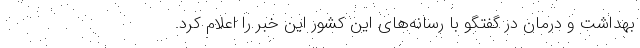
بهداشت و درمان در گفتگو با رسانه‌های این کشور این خبر را اعلام کرد.